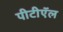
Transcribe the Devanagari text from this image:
पीटीऍल